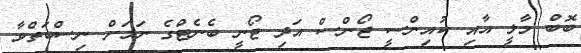
ބޮބް މާލީ އާއި ކުއިންސީ ޖޯންސް އަދި ޓޯނީ ބެނެޓްގެ ނަމަށް ނިސްބަތްވާ